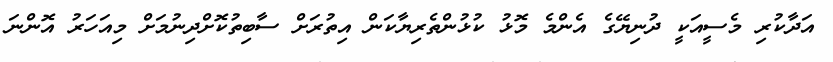
އަދާކުރި މެސީއަކީ ދުނިޔޭގެ އެންމެ މޮޅު ކުޅުންތެރިޔާކަން އިތުރަށް ސާބިތުކޮށްދިނުމަށް މިއަހަރު އޮންނަ